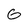
Character: 6